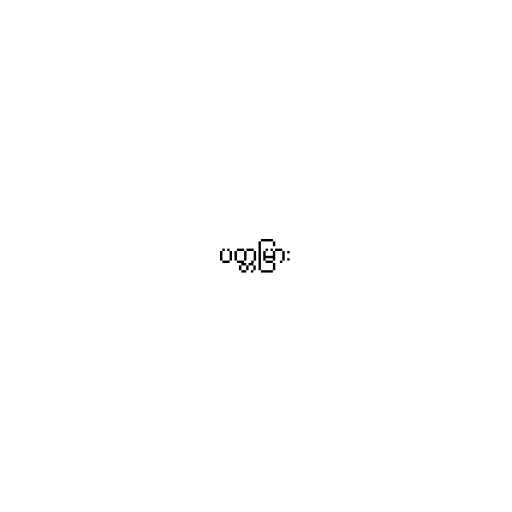
ပတ္တမြား